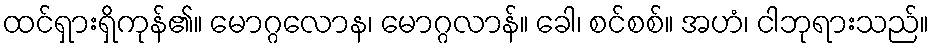
ထင်ရှားရှိကုန်၏။ မောဂ္ဂလောန၊ မောဂ္ဂလာန်။ ခေါ၊ စင်စစ်။ အဟံ၊ ငါဘုရားသည်။